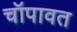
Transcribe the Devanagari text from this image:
चॉपावत